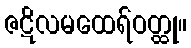
ဇဋိလမထေရ်ဝတ္ထု။